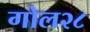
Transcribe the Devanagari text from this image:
गोल२८